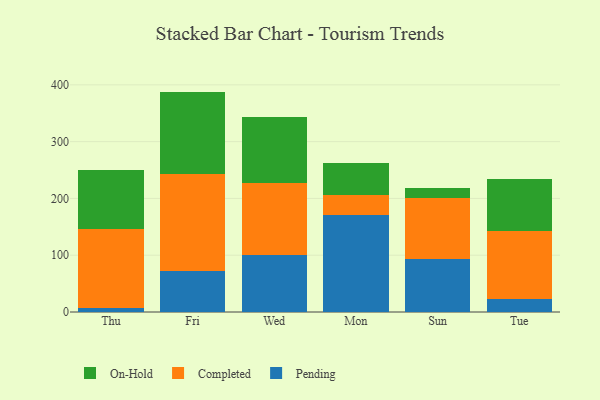
{"axis": {"x": "Day", "y": "Website Visitors"}, "legend": ["Completed", "On-Hold", "Pending"], "data": [{"x": "Thu", "y": 6.7, "type": "Pending"}, {"x": "Thu", "y": 139.8, "type": "Completed"}, {"x": "Thu", "y": 103.3, "type": "On-Hold"}, {"x": "Fri", "y": 72.0, "type": "Pending"}, {"x": "Fri", "y": 171.5, "type": "Completed"}, {"x": "Fri", "y": 144.6, "type": "On-Hold"}, {"x": "Wed", "y": 99.6, "type": "Pending"}, {"x": "Wed", "y": 127.3, "type": "Completed"}, {"x": "Wed", "y": 117.0, "type": "On-Hold"}, {"x": "Mon", "y": 171.3, "type": "Pending"}, {"x": "Mon", "y": 34.0, "type": "Completed"}, {"x": "Mon", "y": 57.0, "type": "On-Hold"}, {"x": "Sun", "y": 92.8, "type": "Pending"}, {"x": "Sun", "y": 108.7, "type": "Completed"}, {"x": "Sun", "y": 16.8, "type": "On-Hold"}, {"x": "Tue", "y": 22.5, "type": "Pending"}, {"x": "Tue", "y": 120.9, "type": "Completed"}, {"x": "Tue", "y": 90.9, "type": "On-Hold"}]}